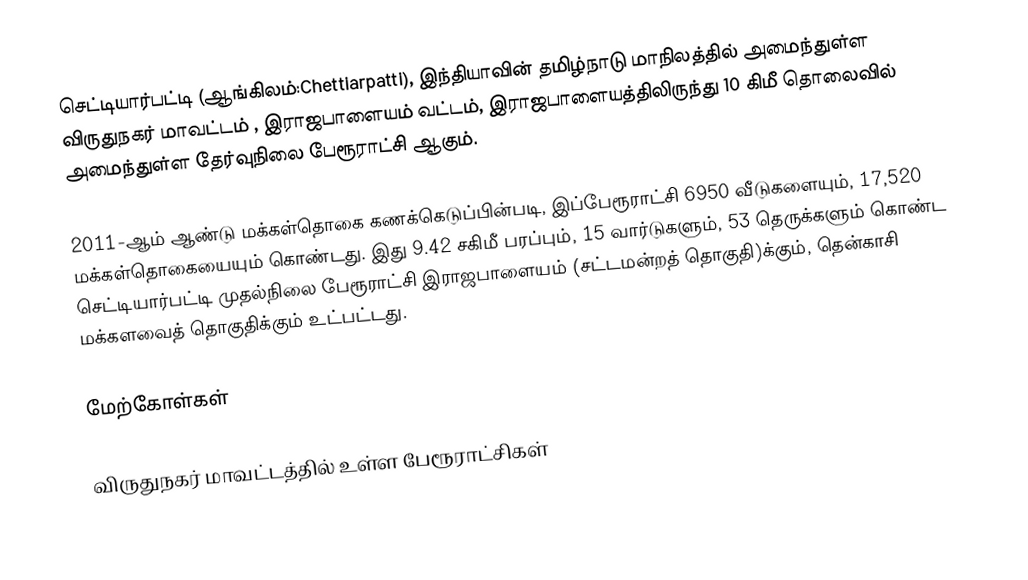
செட்டியார்பட்டி (ஆங்கிலம்:Chettiarpatti), இந்தியாவின் தமிழ்நாடு மாநிலத்தில் அமைந்துள்ள விருதுநகர் மாவட்டம் , இராஜபாளையம் வட்டம், இராஜபாளையத்திலிருந்து 10 கிமீ தொலைவில் அமைந்துள்ள தேர்வுநிலை பேரூராட்சி ஆகும்.

2011-ஆம் ஆண்டு மக்கள்தொகை கணக்கெடுப்பின்படி, இப்பேரூராட்சி 6950   வீடுகளையும், 17,520 மக்கள்தொகையையும் கொண்டது. இது 9.42 சகிமீ பரப்பும், 15 வார்டுகளும், 53 தெருக்களும் கொண்ட செட்டியார்பட்டி முதல்நிலை பேரூராட்சி இராஜபாளையம் (சட்டமன்றத் தொகுதி)க்கும், தென்காசி மக்களவைத் தொகுதிக்கும் உட்பட்டது.

மேற்கோள்கள்

விருதுநகர் மாவட்டத்தில் உள்ள பேரூராட்சிகள்